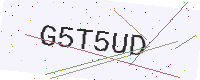
Text: G5T5UD